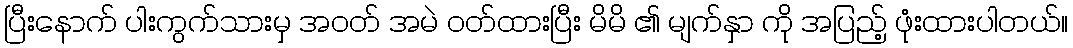
ပြီးနောက် ပါးကွက်သားမှ အဝတ် အမဲ ဝတ်ထားပြီး မိမိ ၏ မျက်နှာ ကို အပြည့် ဖုံးထားပါတယ်။